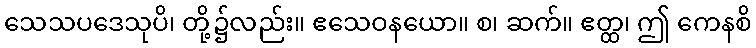
သေသပဒေသုပိ၊ တို့၌လည်း။ ဧသေဝနယော။ စ၊ ဆက်။ ဧတ္ထ၊ ဤ ကေနစိ